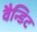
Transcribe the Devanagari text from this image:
वैन्डिट